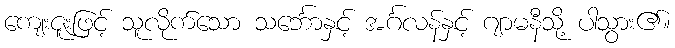
ကျေးဇူးဖြင့် သူလိုက်သော သင်္ဘောနှင့် အင်္ဂလန်နှင့် ဂျာမနီသို့ ပါသွား၏။